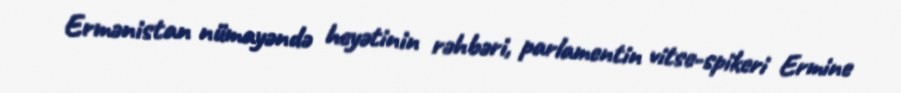
Ermənistan nümayəndə heyətinin rəhbəri, parlamentin vitse-spikeri Ermine